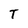
Character: T